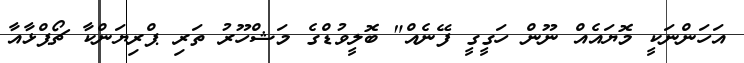
އަހަންނަކީ މޮޔައެއް ނޫން ހަގީގީ ފޭނެއް" ބޮލީވުޑްގެ މަޝްހޫރު ތަރި ޕްރިޔަންކާ ޗޯޕްޅާއާ